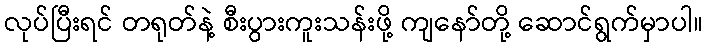
လုပ်ပြီးရင် တရုတ်နဲ့ စီးပွားကူးသန်းဖို့ ကျနော်တို့ ဆောင်ရွက်မှာပါ။